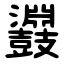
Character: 鼝